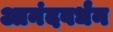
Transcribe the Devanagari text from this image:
आनंदवर्धंन